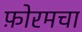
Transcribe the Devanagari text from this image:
फ़ोरमचा